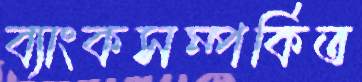
ব্যাংকসম্পর্কিত